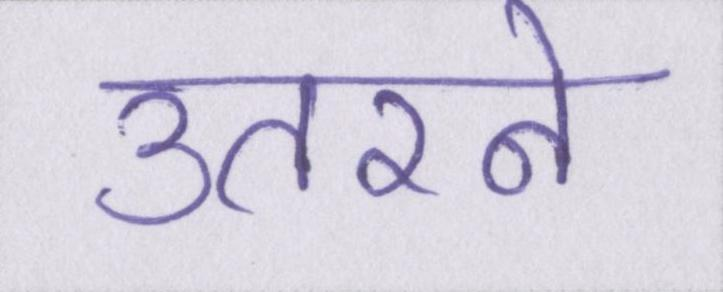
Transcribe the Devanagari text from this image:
उतरने